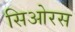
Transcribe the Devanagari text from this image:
सिओरस